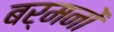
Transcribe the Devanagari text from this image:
बर्मनों